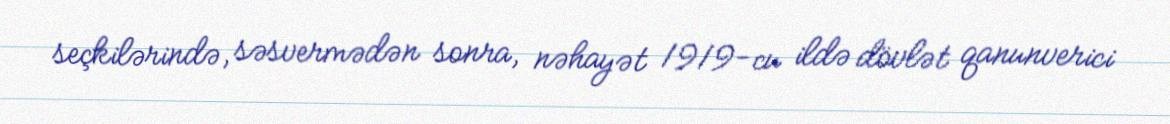
seçkilərində, səsvermədən sonra, nəhayət 1919-cu ildə dövlət qanunverici